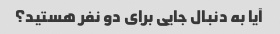
آیا به دنبال جایی برای دو نفر هستید؟